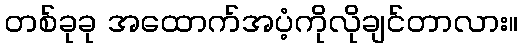
တစ်ခုခု အထောက်အပံ့ကိုလိုချင်တာလား။